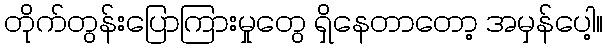
တိုက်တွန်းပြောကြားမှုတွေ ရှိနေတာတော့ အမှန်ပေါ့။